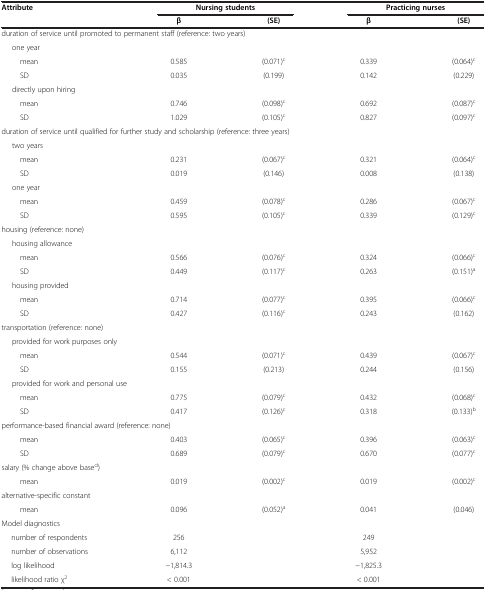
<table><thead><tr><td><b>Attribute</b></td><td colspan="2"><b>Nursing students</b></td><td colspan="2"><b>Practicing nurses</b></td></tr><tr><td><b> </b></td><td><b>β</b></td><td><b>(SE)</b></td><td><b>β</b></td><td><b>(SE)</b></td></tr></thead><tbody><tr><td colspan="5">duration of service until promoted to permanent staff (reference: two years)</td></tr><tr><td>one year</td><td> </td><td> </td><td> </td><td> </td></tr><tr><td>mean</td><td>0.585</td><td>(0.071)<sup>c</sup></td><td>0.339</td><td>(0.064)<sup>c</sup></td></tr><tr><td>SD</td><td>0.035</td><td>(0.199)</td><td>0.142</td><td>(0.229)</td></tr><tr><td>directly upon hiring</td><td> </td><td> </td><td> </td><td> </td></tr><tr><td>mean</td><td>0.746</td><td>(0.098)<sup>c</sup></td><td>0.692</td><td>(0.087)<sup>c</sup></td></tr><tr><td>SD</td><td>1.029</td><td>(0.105)<sup>c</sup></td><td>0.827</td><td>(0.097)<sup>c</sup></td></tr><tr><td colspan="5">duration of service until qualified for further study and scholarship (reference: three years)</td></tr><tr><td>two years</td><td> </td><td> </td><td> </td><td> </td></tr><tr><td>mean</td><td>0.231</td><td>(0.067)<sup>c</sup></td><td>0.321</td><td>(0.064)<sup>c</sup></td></tr><tr><td>SD</td><td>0.019</td><td>(0.146)</td><td>0.008</td><td>(0.138)</td></tr><tr><td>one year</td><td> </td><td> </td><td> </td><td> </td></tr><tr><td>mean</td><td>0.459</td><td>(0.078)<sup>c</sup></td><td>0.286</td><td>(0.067)<sup>c</sup></td></tr><tr><td>SD</td><td>0.595</td><td>(0.105)<sup>c</sup></td><td>0.339</td><td>(0.129)<sup>c</sup></td></tr><tr><td colspan="5">housing (reference: none)</td></tr><tr><td colspan="5">housing allowance</td></tr><tr><td>mean</td><td>0.566</td><td>(0.076)<sup>c</sup></td><td>0.324</td><td>(0.066)<sup>c</sup></td></tr><tr><td>SD</td><td>0.449</td><td>(0.117)<sup>c</sup></td><td>0.263</td><td>(0.151)<sup>a</sup></td></tr><tr><td colspan="5">housing provided</td></tr><tr><td>mean</td><td>0.714</td><td>(0.077)<sup>c</sup></td><td>0.395</td><td>(0.066)<sup>c</sup></td></tr><tr><td>SD</td><td>0.427</td><td>(0.116)<sup>c</sup></td><td>0.243</td><td>(0.162)</td></tr><tr><td colspan="5">transportation (reference: none)</td></tr><tr><td colspan="5">provided for work purposes only</td></tr><tr><td>mean</td><td>0.544</td><td>(0.071)<sup>c</sup></td><td>0.439</td><td>(0.067)<sup>c</sup></td></tr><tr><td>SD</td><td>0.155</td><td>(0.213)</td><td>0.244</td><td>(0.156)</td></tr><tr><td colspan="5">provided for work and personal use</td></tr><tr><td>mean</td><td>0.775</td><td>(0.079)<sup>c</sup></td><td>0.432</td><td>(0.068)<sup>c</sup></td></tr><tr><td>SD</td><td>0.417</td><td>(0.126)<sup>c</sup></td><td>0.318</td><td>(0.133)<sup>b</sup></td></tr><tr><td colspan="5">performance-based financial award (reference: none)</td></tr><tr><td>mean</td><td>0.403</td><td>(0.065)<sup>c</sup></td><td>0.396</td><td>(0.063)<sup>c</sup></td></tr><tr><td>SD</td><td>0.689</td><td>(0.079)<sup>c</sup></td><td>0.670</td><td>(0.077)<sup>c</sup></td></tr><tr><td colspan="5">salary (% change above base<sup>d</sup>)</td></tr><tr><td>mean</td><td>0.019</td><td>(0.002)<sup>c</sup></td><td>0.019</td><td>(0.002)<sup>c</sup></td></tr><tr><td colspan="5">alternative-specific constant</td></tr><tr><td>mean</td><td>0.096</td><td>(0.052)<sup>a</sup></td><td>0.041</td><td>(0.046)</td></tr><tr><td colspan="5">Model diagnostics</td></tr><tr><td>number of respondents</td><td>256</td><td> </td><td>249</td><td> </td></tr><tr><td>number of observations</td><td>6,112</td><td> </td><td>5,952</td><td> </td></tr><tr><td>log likelihood</td><td>−1,814.3</td><td> </td><td>−1,825.3</td><td> </td></tr><tr><td>likelihood ratio χ<sup>2</sup></td><td>&lt; 0.001</td><td> </td><td>&lt; 0.001</td><td> </td></tr></tbody></table>